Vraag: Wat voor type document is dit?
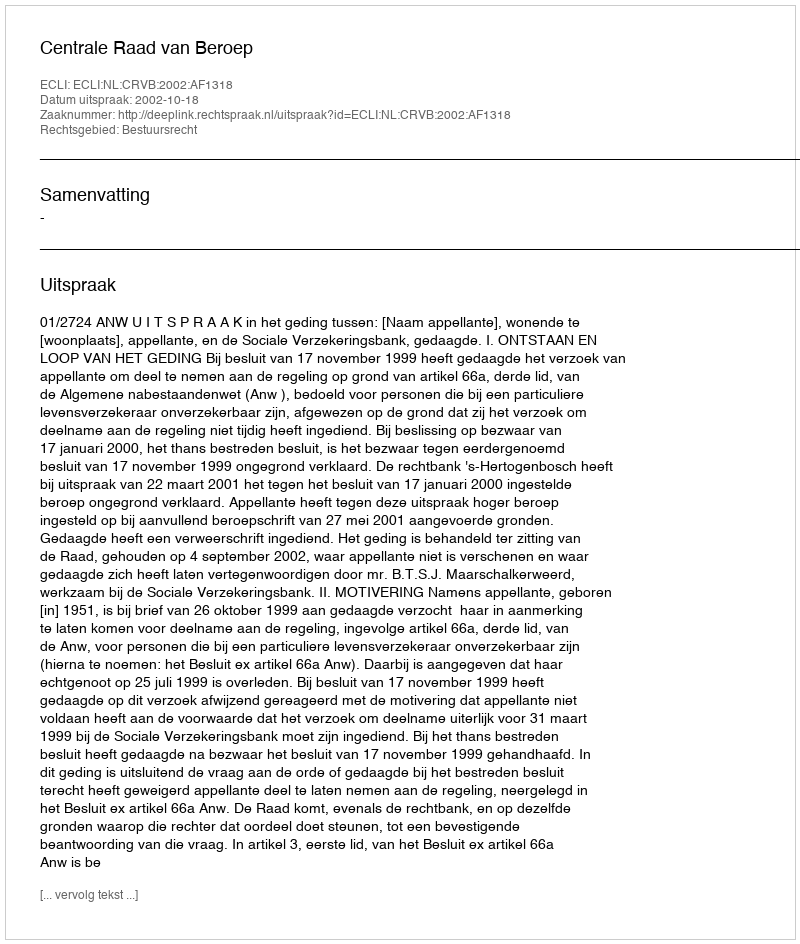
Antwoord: Uitspraak